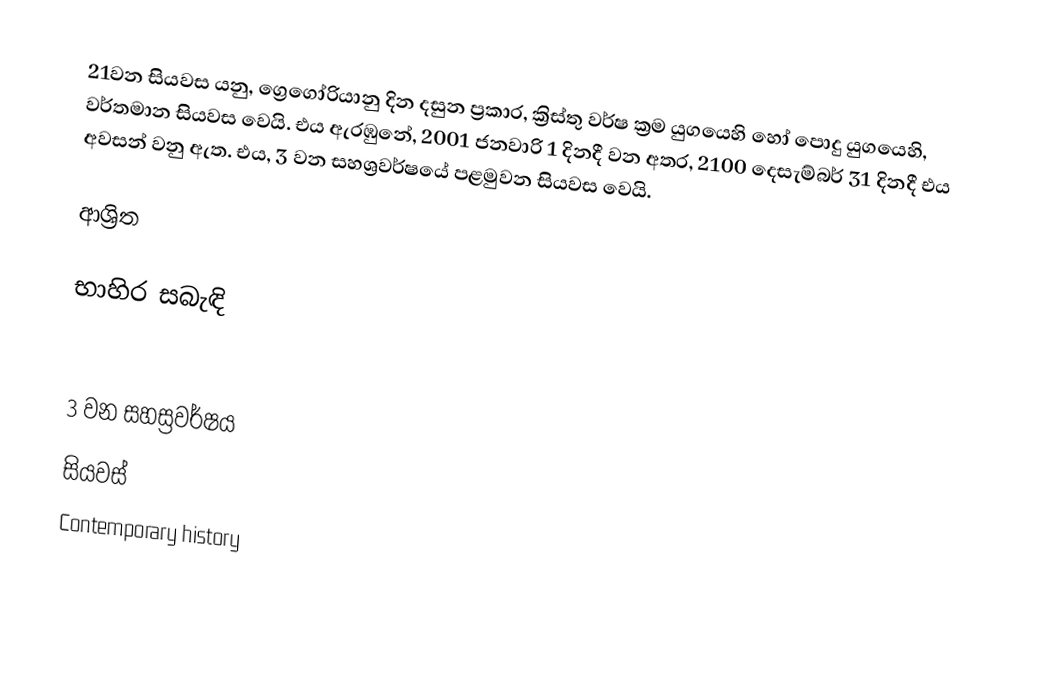
21වන සියවස යනු,  ග්‍රෙගෝරියානු දින දසුන ප්‍රකාර,  ක්‍රිස්තු වර්ෂ ක්‍රම යුගයෙහි හෝ පොදු යුගයෙහි, වර්තමාන සියවස වෙයි. එය ඇරඹුනේ, 2001 ජනවාරි 1 දිනදී වන අතර,  2100 දෙසැම්බර් 31 දිනදී එය අවසන් වනු ඇත. එය,  3 වන සහශ්‍රවර්ෂයේ පළමුවන සියවස වෙයි.

ආශ්‍රිත

භාහිර සබැඳි

3 වන සහස්‍රවර්ෂය
සියවස්
Contemporary history